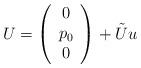
LaTeX: \begin{align*}U=\left(\begin{array}{c} 0 \\ p_0 \\ 0 \end{array}\right)+\tilde{U}u\end{align*}